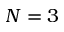
N = 3